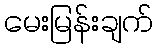
မေးမြန်းချက်